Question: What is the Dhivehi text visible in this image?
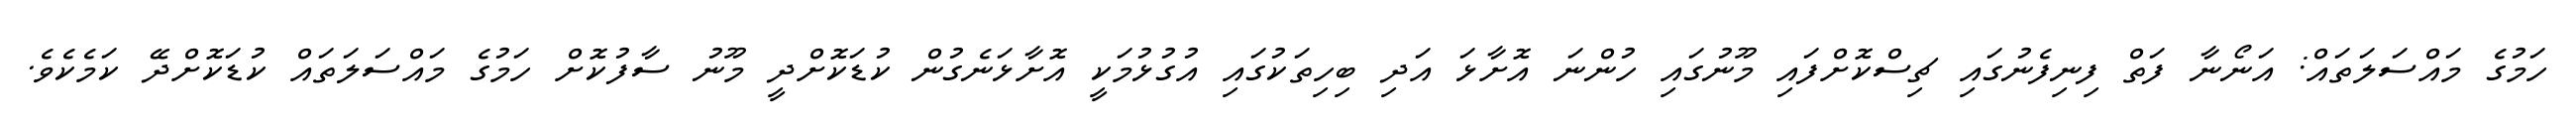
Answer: ހަމުގެ މައްސަލަތައް: އަނޯނާ ފަތް ފިނިފެނުގައި ޗިސްކޮށްފައި މޫނުގައި ހުންނަ އޮށާޅަ އަދި ބިހިތަކުގައި އުގުޅުމަކީ އޮށާޅަނެގުން ކުޑަކޮށްދީ މޫނު ސާފުކޮށް ހަމުގެ މައްސަލަތައް ކުޑަކޮށްދޭ ކަމެކެވެ.